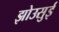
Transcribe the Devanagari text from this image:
झोउसुई